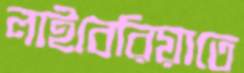
লাইবেরিয়াতে